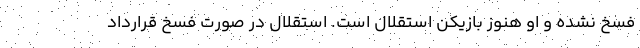
فسخ نشده و او هنوز بازیکن استقلال است. استقلال در صورت فسخ قرارداد